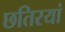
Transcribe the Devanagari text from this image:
छतिरयां